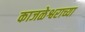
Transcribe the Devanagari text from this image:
काजळेश्वराच्या